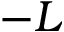
- L